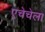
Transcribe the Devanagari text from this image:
एचेचेला